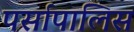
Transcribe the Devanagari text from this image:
पर्सापालिस